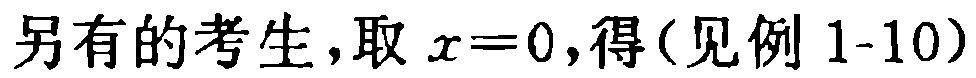
另有的考生，取 \(x = 0\)，得(见例 1-10)